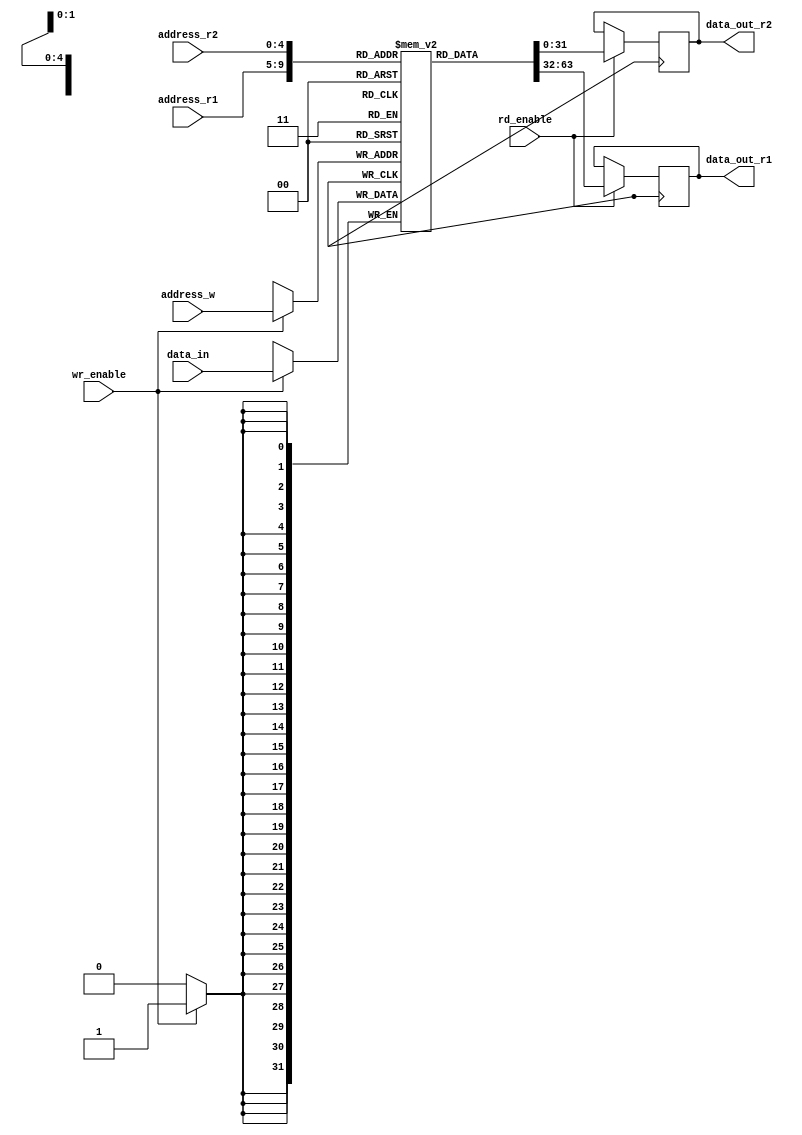
module RegisterFile (
    input wire [4:0] address_r1,
    input wire [4:0] address_r2,
    input wire [4:0] address_w,
    input wire rd_enable,
    input wire wr_enable,
    input wire [31:0] data_in,
    output reg [31:0] data_out_r1,
    output reg [31:0] data_out_r2
);

reg [31:0] regfile [31:0];

always @ (posedge clk) begin
    if (wr_enable) begin
        regfile[address_w] <= data_in;
    end

    if (rd_enable) begin
        data_out_r1 <= regfile[address_r1];
        data_out_r2 <= regfile[address_r2];
    end
end

endmodule